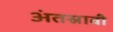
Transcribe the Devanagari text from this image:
अंतस्रावी